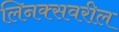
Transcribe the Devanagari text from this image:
लिनक्सवरील